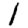
Digit: 1